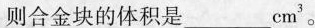
则合金块的体积是___ m^{3}。